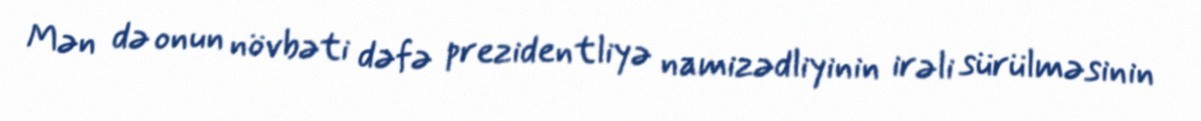
Mən də onun növbəti dəfə prezidentliyə namizədliyinin irəli sürülməsinin